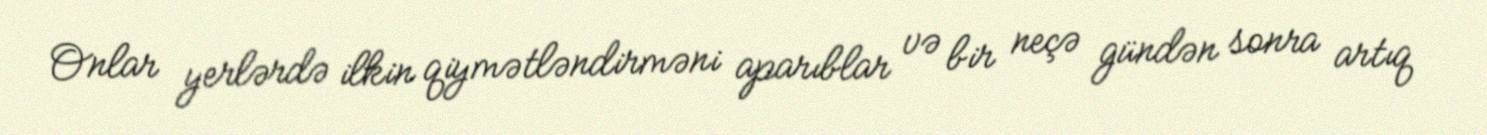
Onlar yerlərdə ilkin qiymətləndirməni aparıblar və bir neçə gündən sonra artıq